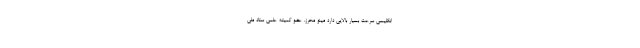
انگلیسی سرعت بسیار بالایی دارد مینو محرز، عضو کمیته علمی ستاد ملی